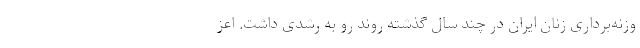
وزنه‌برداری زنان ایران در چند سال گذشته روند رو به رشدی داشت. اعز